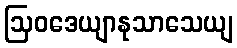
ဩဝဒေယျာနုသာသေယျ